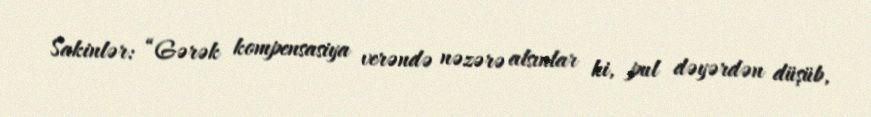
Sakinlər: “Gərək kompensasiya verəndə nəzərə alsınlar ki, pul dəyərdən düşüb,